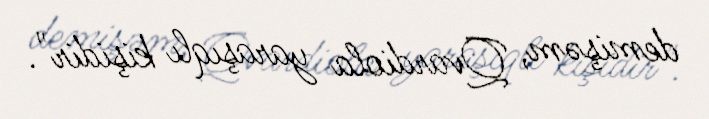
demişəm, Qvardiola yaraşıqlı kişidir".